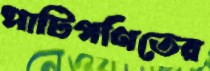
পাটিগণিতের